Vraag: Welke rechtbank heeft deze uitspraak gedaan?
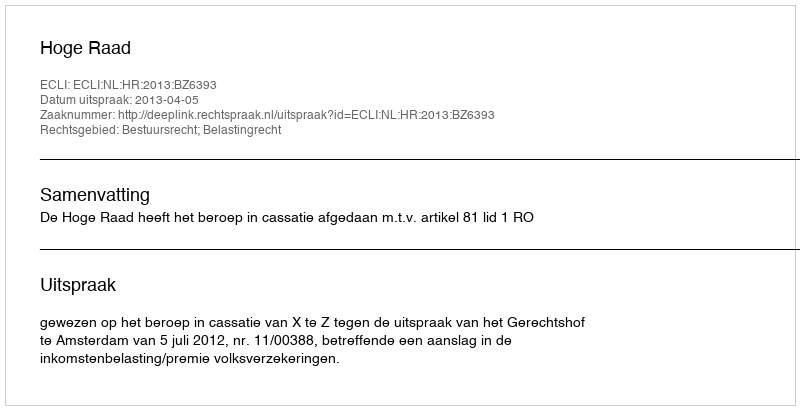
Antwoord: Hoge Raad